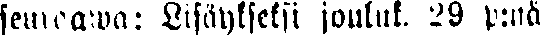
seuraawa: Lisäykseksi jouluk. 19 p:nä